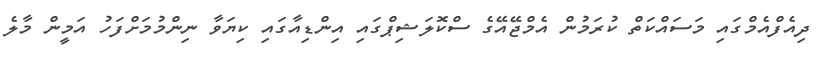
ދިއެފްއެމްގައި މަސައްކަތް ކުރަމުން އެމްޖޭއޭގެ ސްކޮލަޝިޕްގައި އިންޑިއާގައި ކިޔަވާ ނިންމުމަށްފަހު އަމީން މާލެ